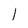
Character: 1